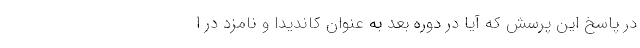
در پاسخ این پرسش که آیا در دوره بعد به عنوان کاندیدا و نامزد در ا